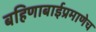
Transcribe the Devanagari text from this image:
बहिणाबाईप्रमाणेच